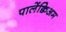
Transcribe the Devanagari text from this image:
पालेंक्विअम